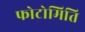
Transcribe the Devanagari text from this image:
फोटोमिति